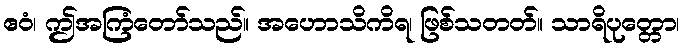
ဧဝံ၊ ဤအကြံတော်သည်။ အဟောသိကိရ၊ ဖြစ်သတတ်။ သာရိပုတ္တော၊